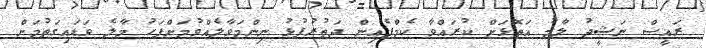
ރައީސް ނަޝީދު ލާމު އަތޮޅަށް ކުރައްވާ ކެމްޕެއިން ދަތުރުފުޅު ނިންމަވާލެއްވުމަށްފަހު މާލެ ވަޑައިގަތުމަށް